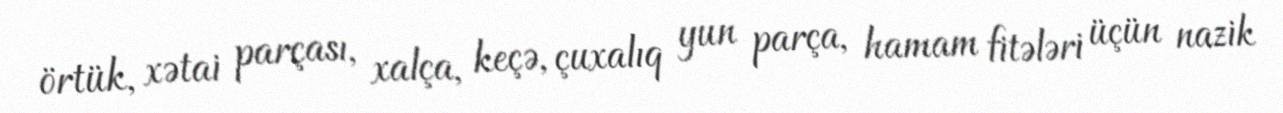
örtük, xətai parçası, xalça, keçə, çuxalıq yun parça, hamam fitələri üçün nazik